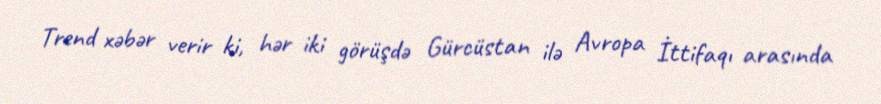
Trend xəbər verir ki, hər iki görüşdə Gürcüstan ilə Avropa İttifaqı arasında